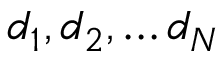
d _ { 1 } , d _ { 2 } , \dots d _ { N }